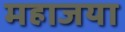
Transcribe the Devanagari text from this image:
महाजया